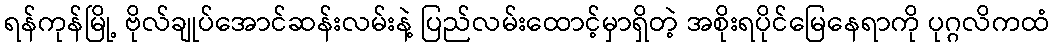
ရန်ကုန်မြို့ ဗိုလ်ချုပ်အောင်ဆန်းလမ်းနဲ့ ပြည်လမ်းထောင့်မှာရှိတဲ့ အစိုးရပိုင်မြေနေရာကို ပုဂ္ဂလိကထံ